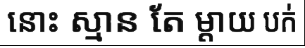
នោះ ស្មាន តែ ម្តាយ បក់